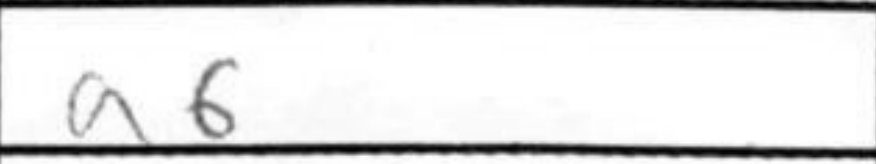
Transcription: a6